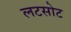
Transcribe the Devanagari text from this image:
लटसोट